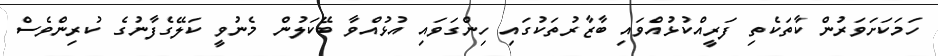
ހަމަކަށަވަރުން ކާތަކެތި ފަރީއްކުޅުއްވައި ބާޒާރުތަކުގައި ހިންގަވައި އުޅުއްވާ ބޭކަލުން މެނުވީ ކަލޭގެފާނުގެ ކުރިންވެސް